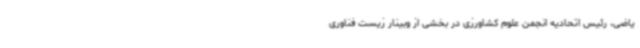
یاضی، رئیس اتحادیه انجمن علوم کشاورزی در بخشی از وبینار زیست فناوری